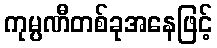
ကုမ္ပဏီတစ်ခုအနေဖြင့်